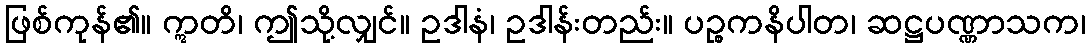
ဖြစ်ကုန်၏။ ဣတိ၊ ဤသို့လျှင်။ ဥဒါနံ၊ ဥဒါန်းတည်း။ ပဉ္စကနိပါတ၊ ဆဋ္ဌပဏ္ဏာသက၊